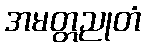
အမတ္တညုတံ